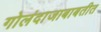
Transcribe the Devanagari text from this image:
गोलंदाजाबाबतीत